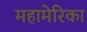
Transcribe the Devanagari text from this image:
महामेरिका